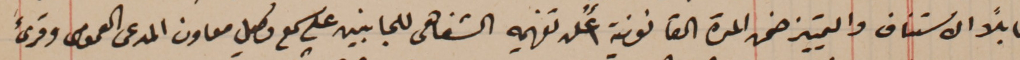
قابلًا الاستناف والتمييز ضمن المدة القانونية أعلن تفهيمه الشفاهى للجانبين على سمع وكيل معاون المدعى العمومى وقرىء